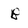
Character: B